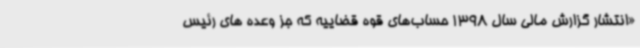
«انتشار گزارش مالی سال 1398 حساب‌های قوه قضاییه که جز وعده های رئیس